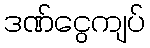
ဒဏ်ငွေကျပ်